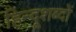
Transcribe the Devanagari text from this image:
हिन्दूशब्दों